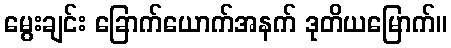
မွေးချင်း ခြောက်ယောက်အနက် ဒုတိယမြောက်။